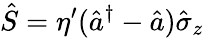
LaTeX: \hat{S}=\eta^{\prime}(\hat{a}^{\dagger}-\hat{a})\hat{\sigma}_{z}